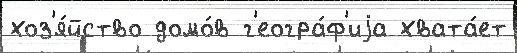
хоз'я́йство домо́в г'еогра́ф'иjа хвата́ет